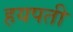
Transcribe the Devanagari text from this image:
हयपती